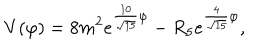
V ( \varphi ) = 8 m ^ { 2 } e ^ { { \frac { 1 0 } { \sqrt { 1 5 } } } \varphi } - R _ { 5 } e ^ { { \frac { 4 } { \sqrt { 1 5 } } } \varphi } ,